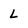
Character: L